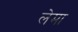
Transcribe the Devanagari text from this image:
लेमा